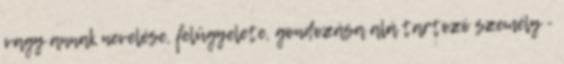
vagy annak nevelése, felügyelete, gondozása alá tartozó személy -